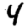
Digit: 4